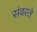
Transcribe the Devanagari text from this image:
संवरते